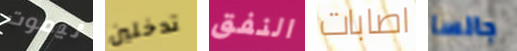
ليموت تدخلين النفق اصابات جالسا